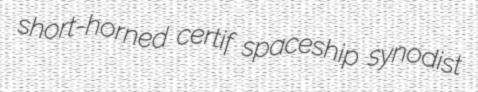
short-horned certif spaceship synodist